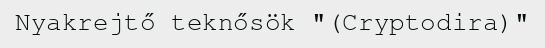
Nyakrejtő teknősök "(Cryptodira)"